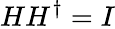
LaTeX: HH^{\dagger}=I